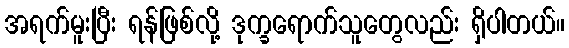
အရက်မူးပြီး ရန်ဖြစ်လို့ ဒုက္ခရောက်သူတွေလည်း ရှိပါတယ်။